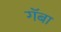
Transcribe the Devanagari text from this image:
गॅबा